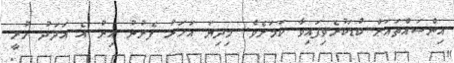
އިންސައްތައަށް ކުޑަކުރެވިފައިވާ ކަމަށެވެ. މިދިޔަ އަހަރު ފެށުނު އިރު އެ އަދަދު ހުރީ